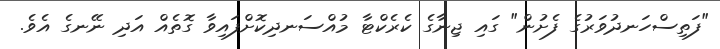
"ފަތިސްހަނދުވަރުގެ ފެށުން" ގައި ޖިނާގެ ކެރެކްޓާ މުއްސަނދިކޮށްފައިވާ ގޮތެއް އަދި ނޭނގެ އެވެ.